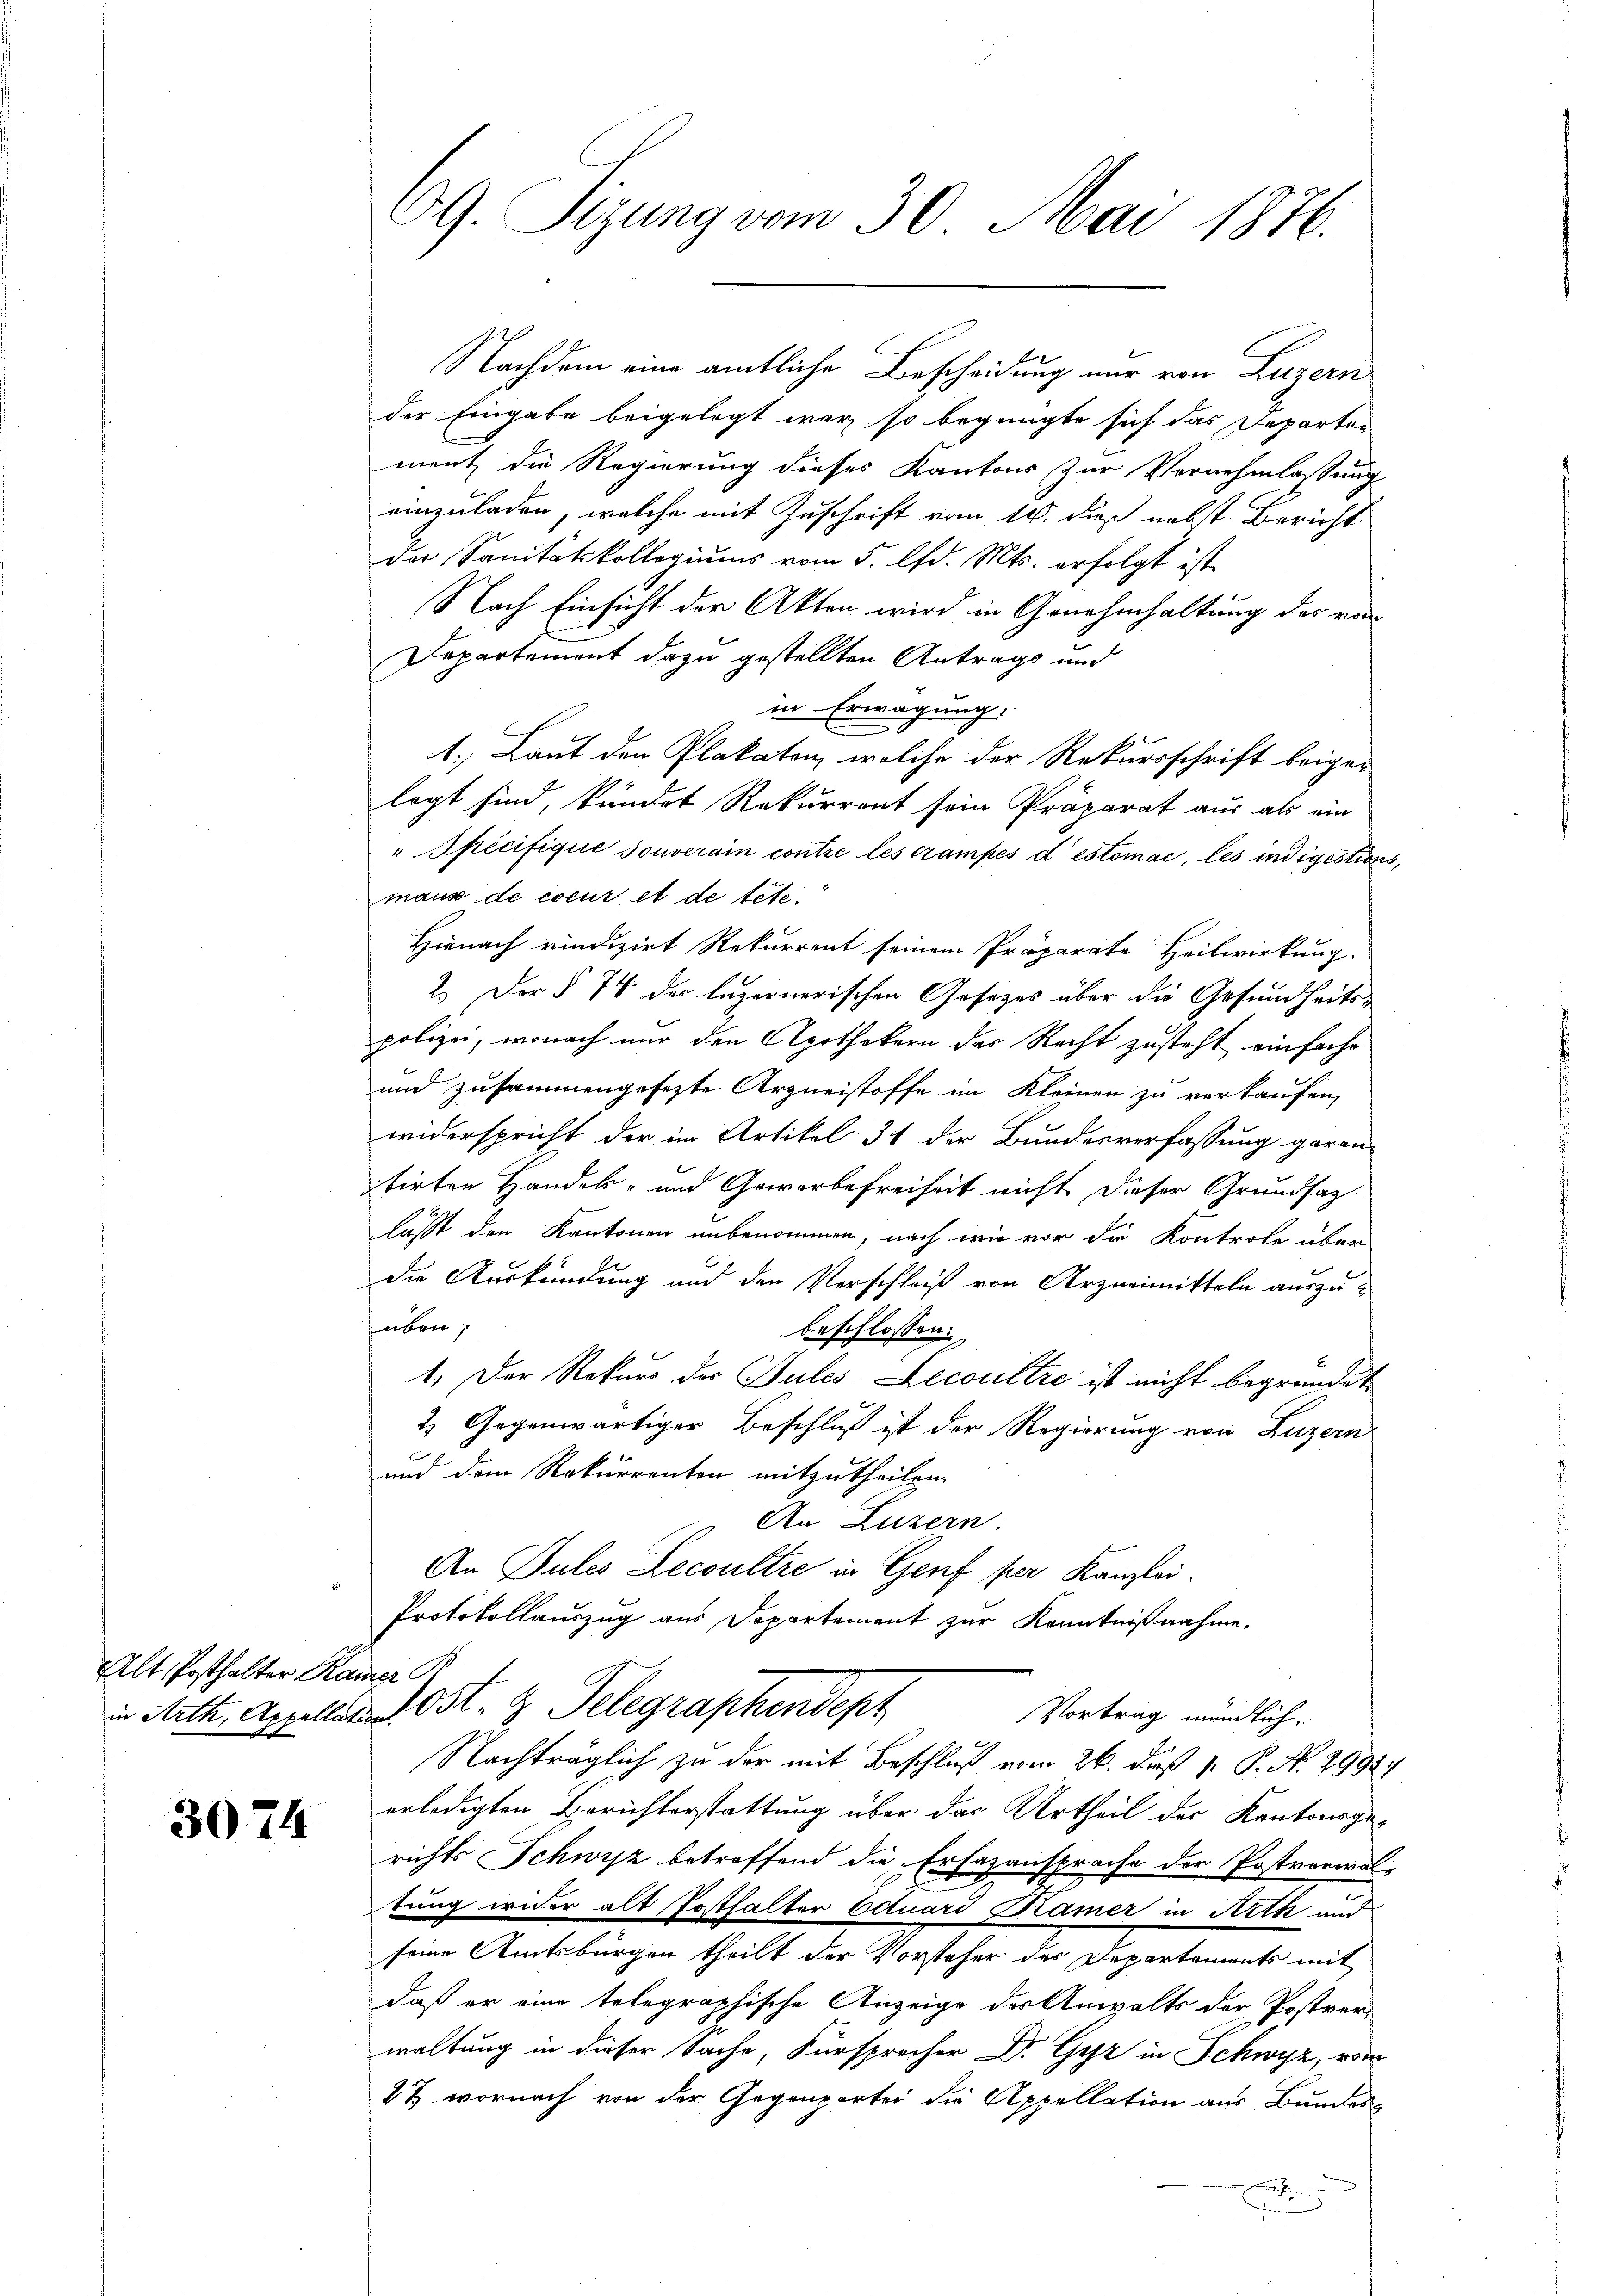
Alt Posthalter Kamer

3074

69. Sizung vom 30. Mai 1876.

der Eingabe beigelegt war, so begnügte sich das Departen
ment die Regierung dieses Kantons zur Vernehmlassung
einzuladen, welche mit Zuschrift vom 10. dieß nebst Bericht
der Sanitätskollegiums vom 5. d. Mts. erfolgt ist.
Nach Einsicht der Akten wird in Genehmhaltung des von
Departement dazu gestellten Antrags und
in Erwägung.
1.) Laut den Plakaten, welche der Rekursschrift beiger
logt sind, kundet Rekurrent sein Präparat aus als ein
" Specifiqué souverain contre les trampes destomac, les indigestion
maux de coeur et de tete.
Hienach rindizirt Rekurrent seinem Präparate Heilwirkung.
2. Der § 74 des luzernerischen Gesetzes über die Gesundheits-
polizei, wonach nur den Apothekern des Recht zusteht einfahr
und zusammengesezte Arzneistoffe im Kleinen zu verkaufen,
widerspricht der im Artikel 31 der Bundesverfassung garantirten Handels- und Gewerbefreiheit nicht dieser Grundsaz
lasst den Kantonen unbenommen, nach wie vor die Kontrole über
die Auskündung und den Verschleiß von Arzneimitteln auszuüben,
beschlossen:
1. Der Rekurs des Jules Lecoultre ist nicht begründet,
2) Gegenwärtiger Beschluß ist der Regierung von Luzern
und dem Rekurrenton mitzutheilen.
An Luzern:
An Pules Lecoultre in Genf per Kanzlei.
Protokollauszug aus Departement zur Kenntnißnahme.
in Arth, Appellaris Ost- & Telegraphendepr
Vortrag mündlich.
Nachträglich zu der mit Beschluß vom 26. daß 1. P. N. 2992;
erledigten Berichterstattung über das Urtheil der Kantonsgerichts Schwyz betreffend die Erhazansprache der Postverwaltung wider alt Posthalter Eduard Kamer in Arth und
seine Amtsbürgen theilt der Vorsteher des Departements mit
daß er eine telegraphische Anzeige des Anwalts der Postver-
waltung in dieser Sache, Fürsproche Dr. Gyr in Schwyz, vom
4t wornach von der Gegenpartei die Appellation aus Bundes
E

Nachdem eine amtliche Bescheidung nur von Luzern

2